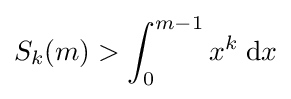
S_{k}(m)>\int _{0}^{m-1}x^{k}\;\mathrm {d} x